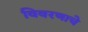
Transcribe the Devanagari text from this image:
विवरणाचे